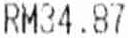
RM34.87